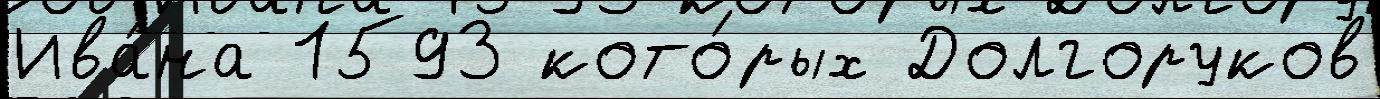
Ива́на 1593 кото́рых Долгоруков